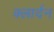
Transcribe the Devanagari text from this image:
क्लार्दन